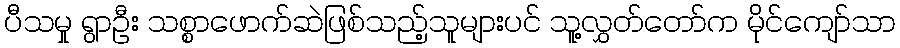
ပီသမှု ရွာဦး သစ္စာဖောက်ဆဲဖြစ်သည့်သူများပင် သူ့လွှတ်တော်က မိုင်ကျော်သာ